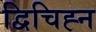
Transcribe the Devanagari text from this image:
द्विचिह्न